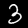
Label: 3